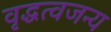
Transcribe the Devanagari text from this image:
वृद्धत्वजन्य